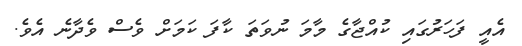
އެއީ ފަހަރުގައި ކުއްޖާގެ މާމަ ނުވަތަ ކާފަ ކަމަށް ވެސް ވެދާނެ އެވެ.